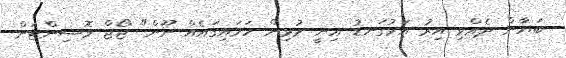
ބަޔާން ދެއްވި އިރު އަޅުގަނޑު އިނީ މުޅިން ހަމައިގައެއް ނޫން" ޖޯޖް ވޮޝިންޓަން